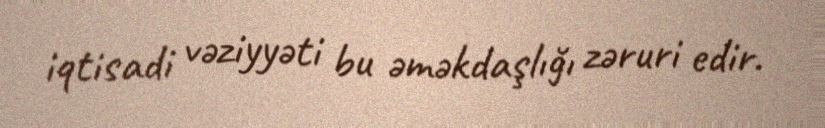
iqtisadi vəziyyəti bu əməkdaşlığı zəruri edir.